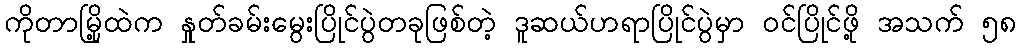
ကိုတာမြို့ထဲက နှုတ်ခမ်းမွေးပြိုင်ပွဲတခုဖြစ်တဲ့ ဒူဆယ်ဟရာပြိုင်ပွဲမှာ ဝင်ပြိုင်ဖို့ အသက် ၅၈